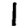
Digit: 1